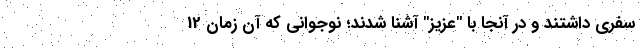
سفری داشتند و در آنجا با "عزیز" آشنا شدند؛ نوجوانی که آن زمان 12